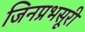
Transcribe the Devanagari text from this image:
जिनप्रभसूरी